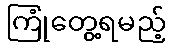
ကြုံတွေ့ရမည့်